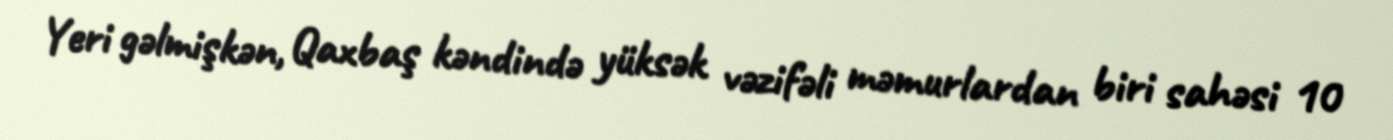
Yeri gəlmişkən, Qaxbaş kəndində yüksək vəzifəli məmurlardan biri sahəsi 10